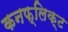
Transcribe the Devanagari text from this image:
कनफ्लिक्ट